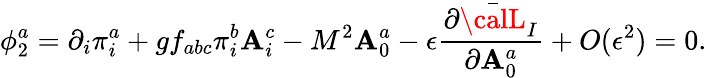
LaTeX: \phi_{2}^{a}=\partial_{i}\pi_{i}^{a}+gf_{abc}\pi_{i}^{b}\mathbf{A}_{i}^{c}-M^{2}\mathbf{A}_{0}^{a}-\epsilon\frac{{\partial\bar{{\calL}}_{I}}}{{\partial\mathbf{A}_{0}^{a}}}+O(\epsilon^{2})=0.